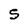
Character: S